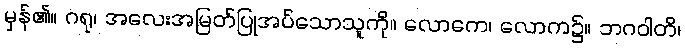
မှန်၏။ ဂရု၊ အလေးအမြတ်ပြုအပ်သောသူကို။ လောကေ၊ လောက၌။ ဘဂဝါတိ၊